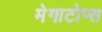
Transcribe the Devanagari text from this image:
मेगाटोप्स